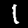
Label: 1